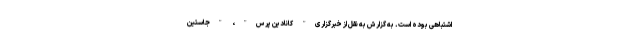
اشتباهی بوده است. به گزارش به نقل از خبرگزاری" کانادین پرس"، "جاستین